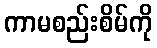
ကာမစည်းစိမ်ကို